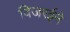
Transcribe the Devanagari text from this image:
विजरईने